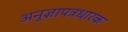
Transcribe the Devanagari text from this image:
अनुज्ञापत्रधारक